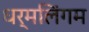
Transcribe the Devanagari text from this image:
धर्मलिंगम